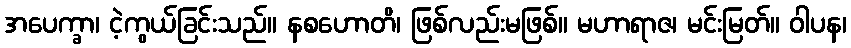
အပေက္ခာ၊ ငဲ့ကွယ်ခြင်းသည်။ နစဟောတိ၊ ဖြစ်လည်းမဖြစ်။ မဟာရာဇ၊ မင်းမြတ်။ ဝါပန၊